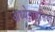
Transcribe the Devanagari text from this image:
अध्येतावृत्तियों